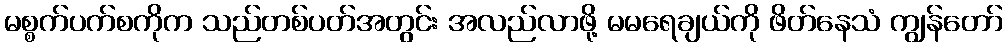
မစ္စက်ပက်စကိုက သည်တစ်ပတ်အတွင်း အလည်လာဖို့ မမရေချယ်ကို ဖိတ်နေသံ ကျွန်တော်